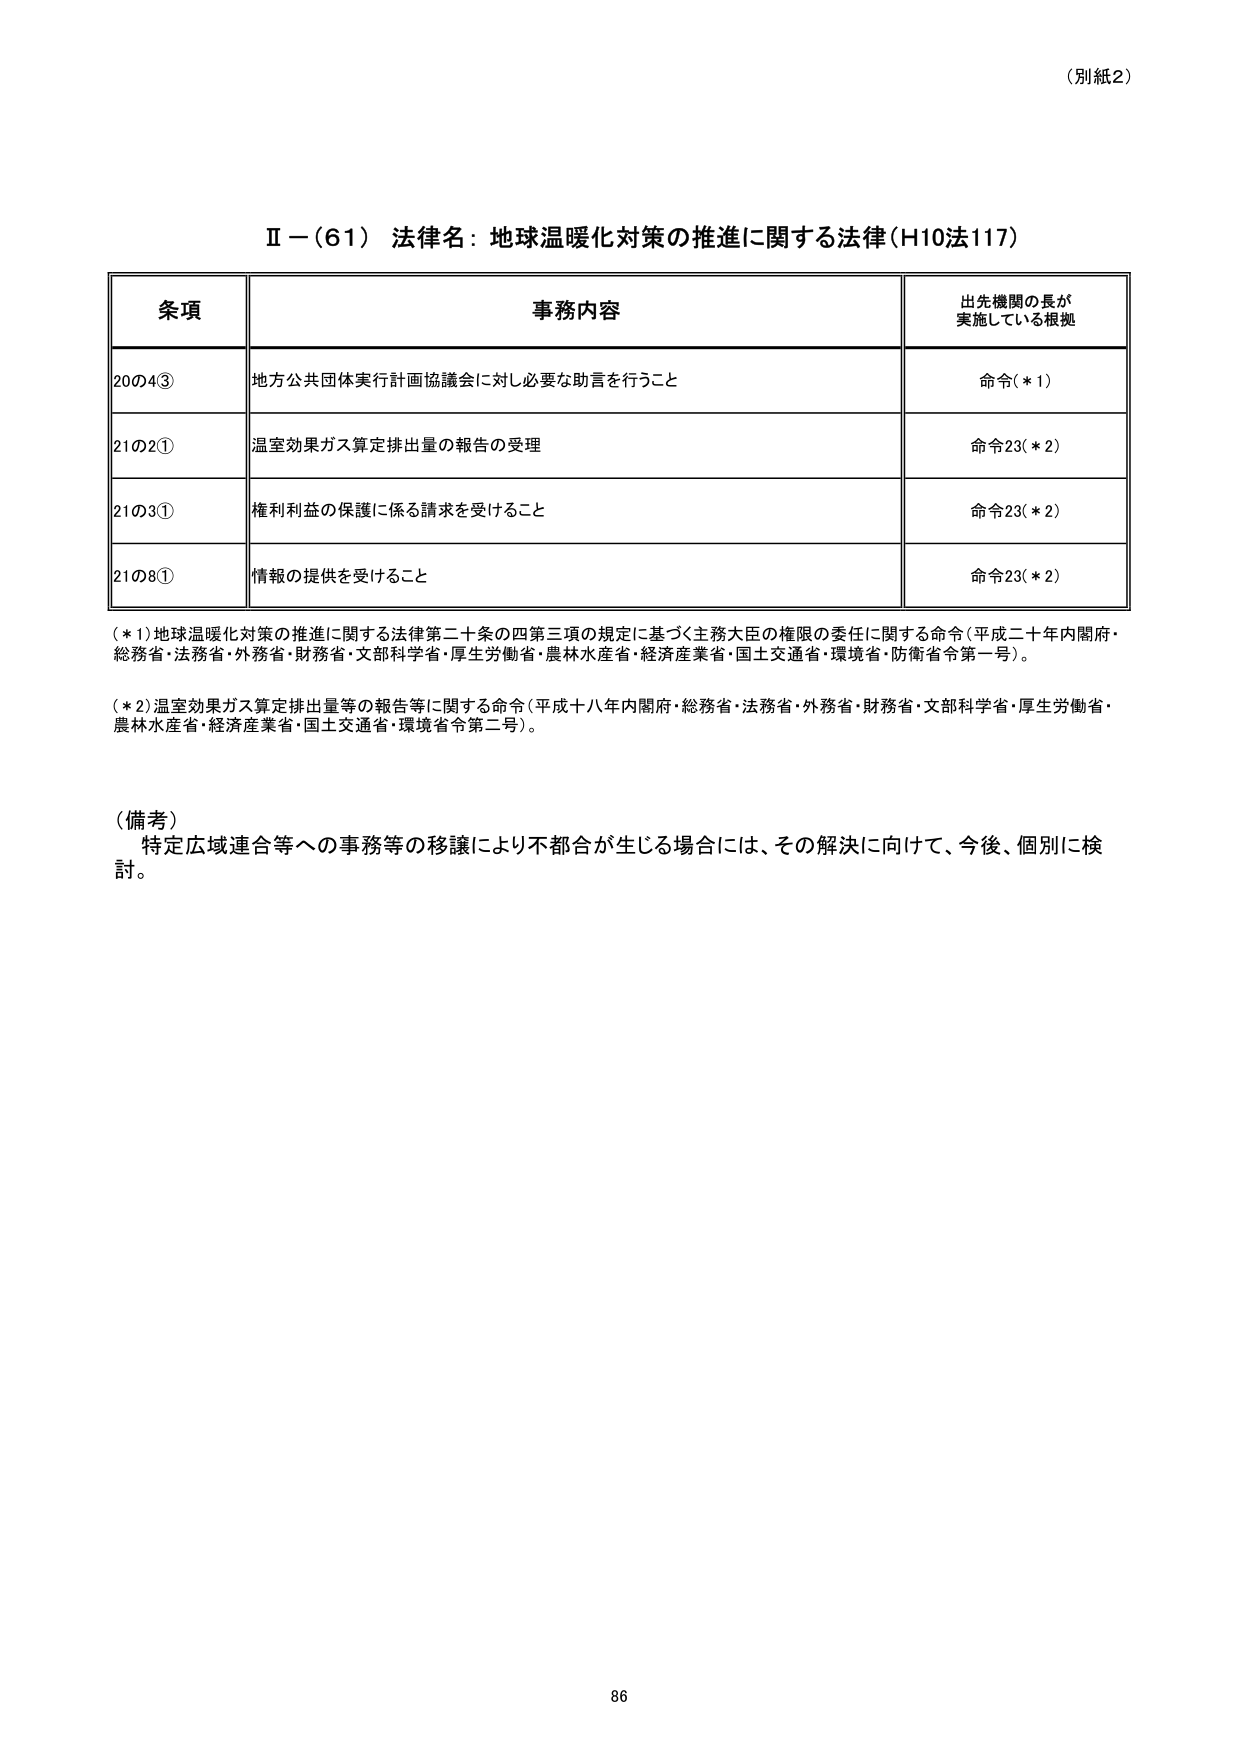
（別紙2）

Ⅱ－（61） 法律名：地球温暖化対策の推進に関する法律（H10法117）

条項 事務内容 出先機関の長が 実施している根拠
20の4③ 地方公共団体実行計画協議会に対し必要な助言を行うこと 命令（＊1）
21の2① 温室効果ガス算定排出量の報告の受理 命令23（＊2）
21の3① 権利利益の保護に係る請求を受けること 命令23（＊2）
21の8① 情報の提供を受けること 命令23（＊2）

（＊1）地球温暖化対策の推進に関する法律第二十条の四第三項の規定に基づく主務大臣の権限の委任に関する命令（平成二十年内閣府・総務省・法務省・外務省・財務省・文部科学省・厚生労働省・農林水産省・経済産業省・国土交通省・環境省・防衛省令第一号）。

（＊2）温室効果ガス算定排出量等の報告等に関する命令（平成十八年内閣府・総務省・法務省・外務省・財務省・文部科学省・厚生労働省・農林水産省・経済産業省・国土交通省・環境省令第二号）。

（備考）
特定広域連合等への事務等の移譲により不都合が生じる場合には、その解決に向けて、今後、個別に検討。

86